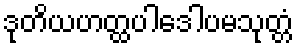
ဒုတိယဟတ္ထပါဒေါပမသုတ္တံ